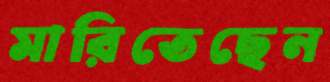
মারিতেছেন